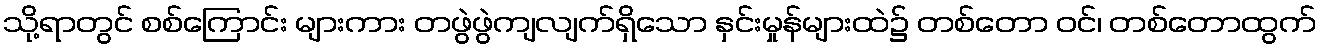
သို့ရာတွင် စစ်ကြောင်း များကား တဖွဲဖွဲကျလျက်ရှိသော နှင်းမှုန်များထဲ၌ တစ်တော ဝင်၊ တစ်တောထွက်